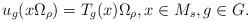
LaTeX: \begin{align*}u_g(x \Omega_{\rho})= T_g(x) \Omega_{\rho}, x \in M_s, g \in G.\end{align*}